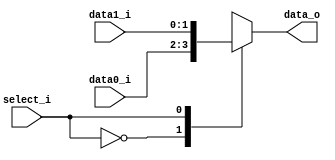
//Subject:     CO project 2 - MUX 221
//--------------------------------------------------------------------------------
//Version:     1
//--------------------------------------------------------------------------------
//Writer:      Luke
//----------------------------------------------
//Date:        
//----------------------------------------------
//Description: 
//--------------------------------------------------------------------------------
module MUX_2to1(
               data0_i,
               data1_i,
               select_i,
               data_o
               );

parameter size = 0 ;		   
			
//I/O ports               
input   [size-1:0] data0_i;          
input   [size-1:0] data1_i;
input              select_i;
output  [size-1:0] data_o; 

//Internal Signals
reg     [size-1:0] data_o;

//Main function
always @(*) begin
    case(select_i)
        0: data_o <= data0_i;
        1: data_o <= data1_i;
    endcase
end
endmodule